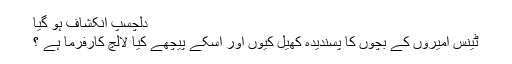
دلچسپ انکشاف ہو گیا
ٹینس امیروں کے بچوں کا پسندیدہ کھیل کیوں اور اسکے پیچھے کیا لالچ کارفرما ہے ؟